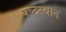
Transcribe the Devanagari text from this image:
षष्ठस्थान